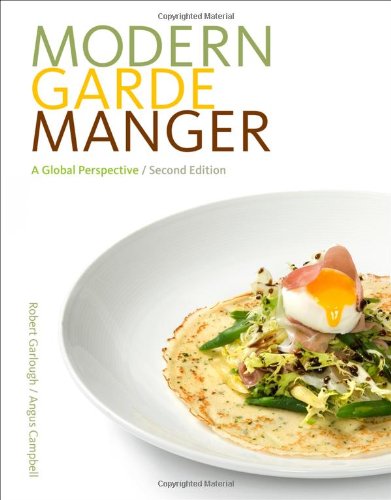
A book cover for Modern Garde Manger: A Global Perspective; Robert B Garlough; Cookbooks, Food & Wine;